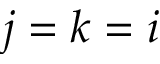
j = k = i